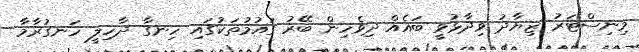
މިނިސްޓަރު ޒިޔާދު ވިދާޅުވީ ބައެއް ދިވެހިން ބޭރު ގައުމުތަކުގައި ހިނގާ ދާހިލީ ހަނގުރާމާ